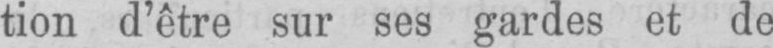
tion d’être sur ses gardes et de